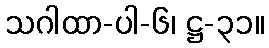
သဂါထာ-ပါ-၆၊ ဋ္ဌ-၃၁။